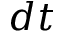
d t